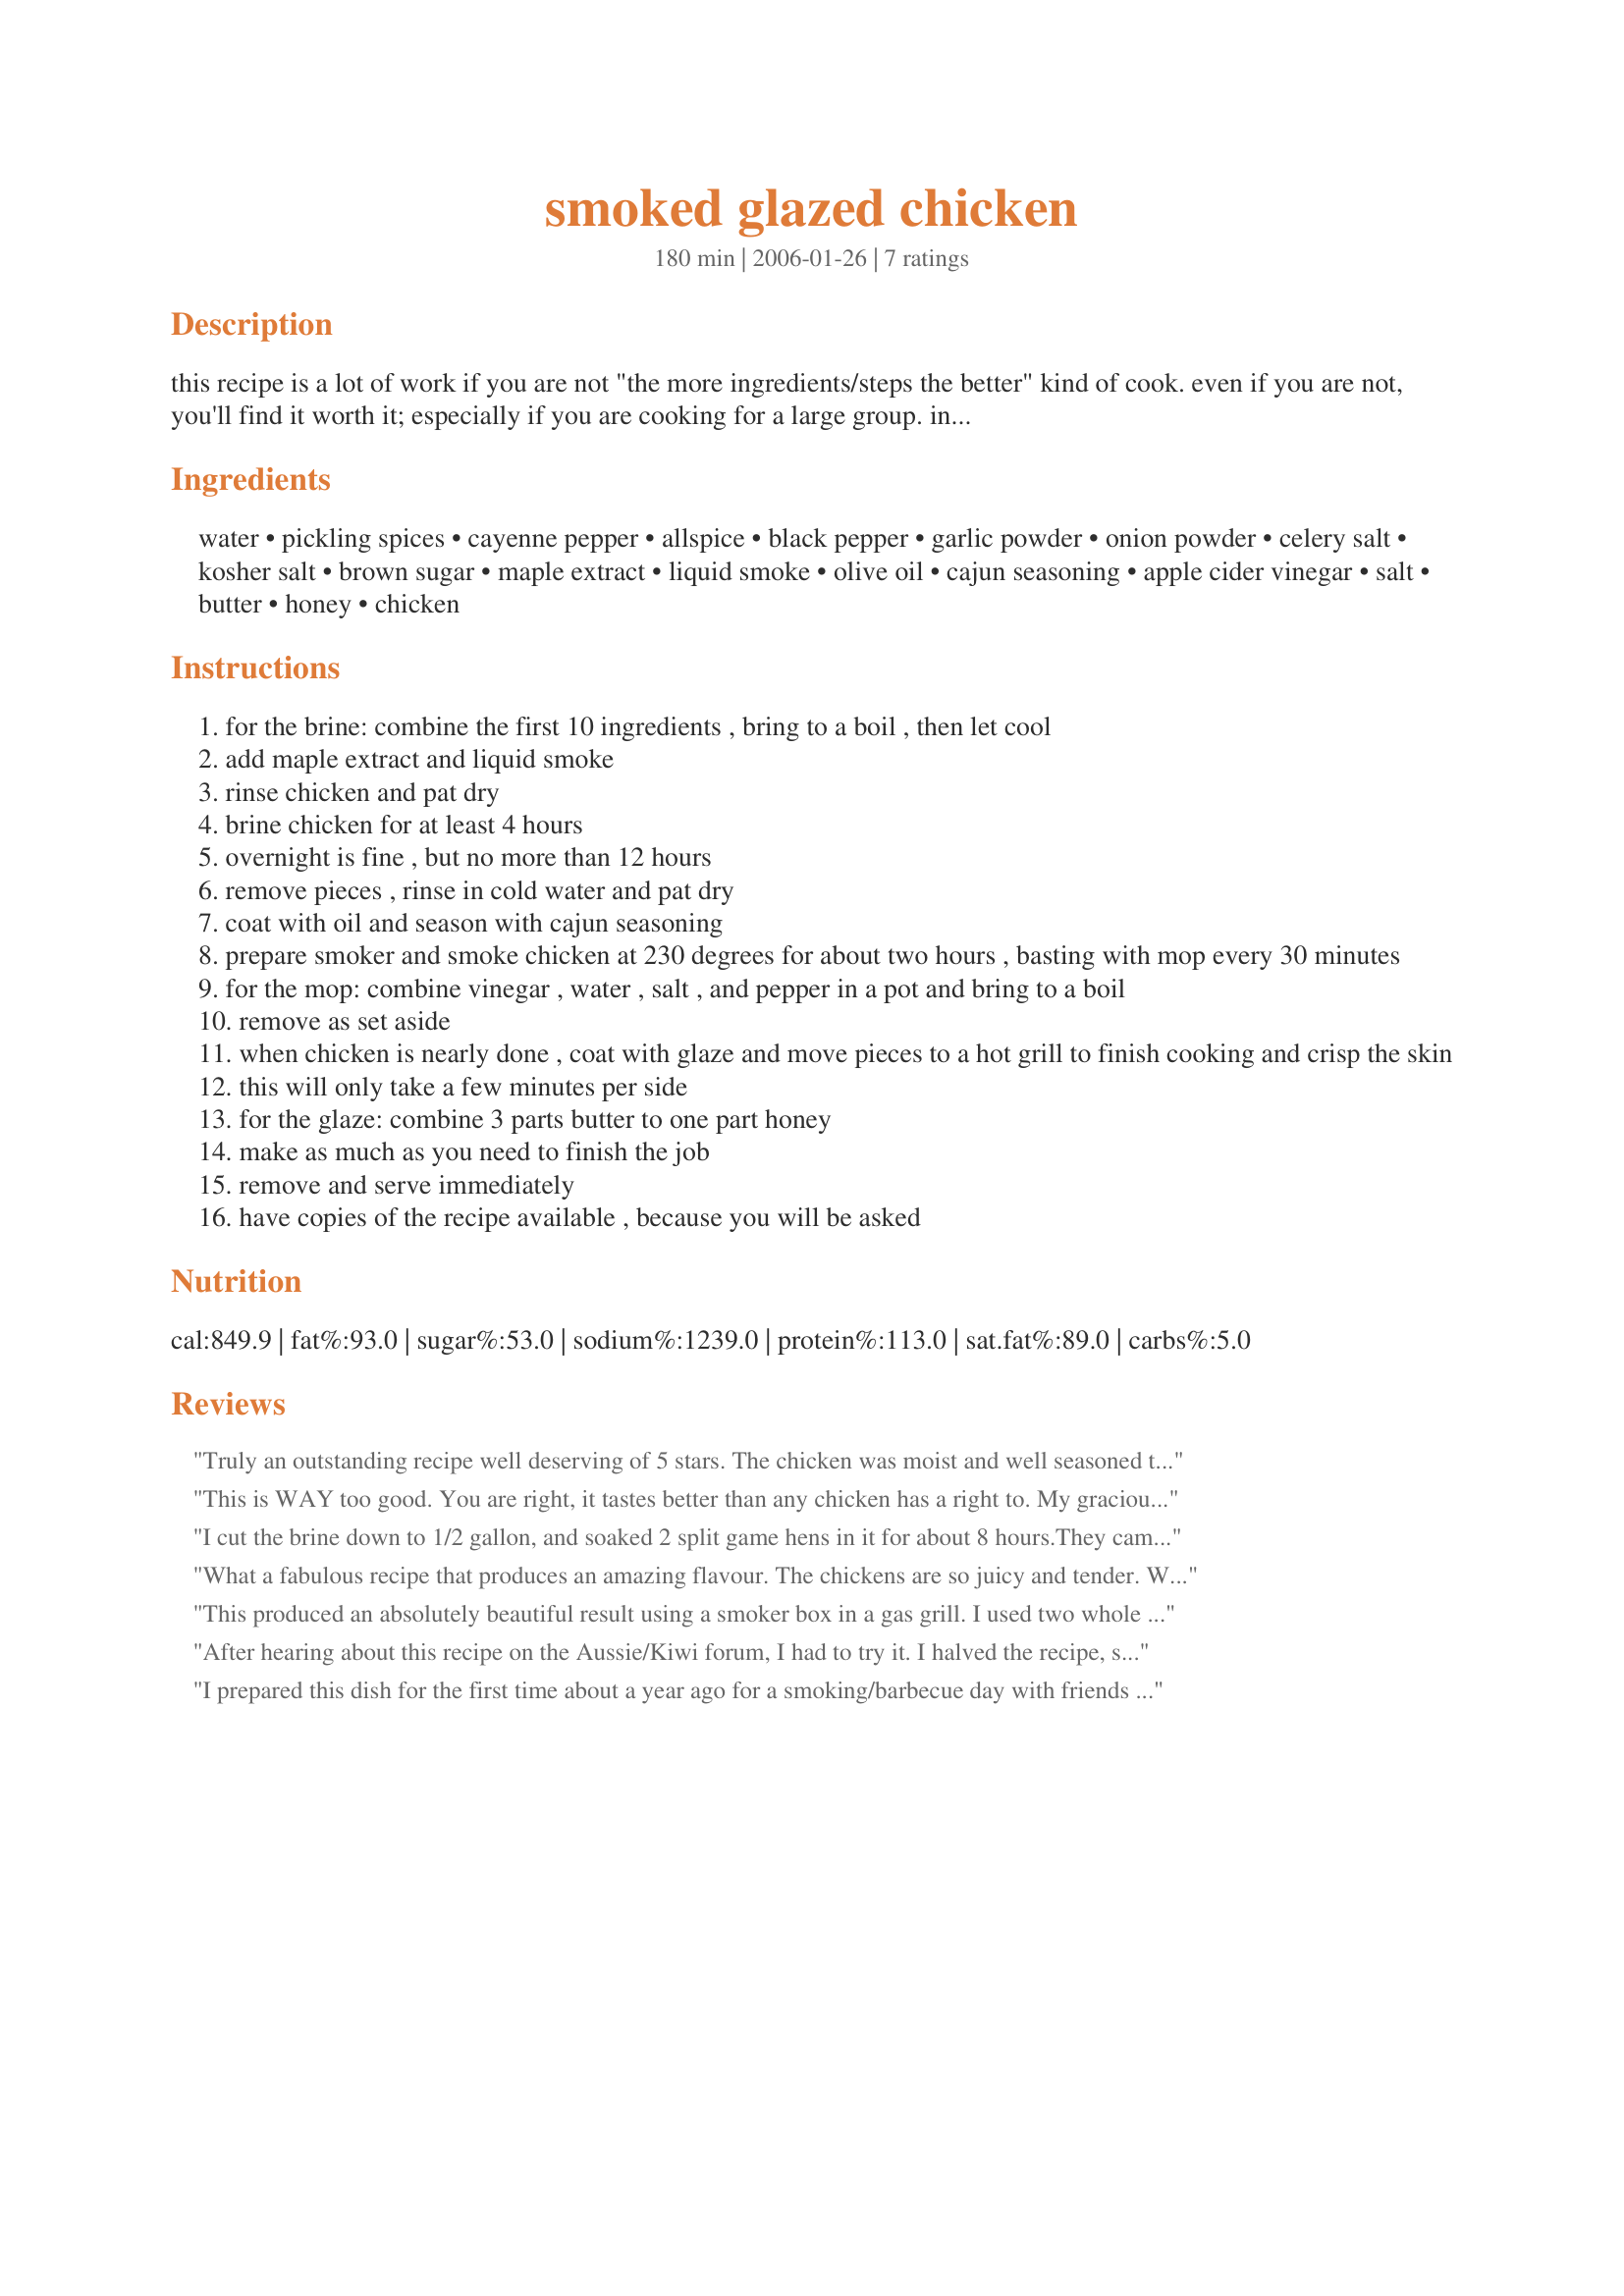
smoked glazed chicken
Preparation time: 180 minutes

this recipe is a lot of work if you are not "the more ingredients/steps the better" kind of cook. even if you are not, you'll find it worth it; especially if you are cooking for a large group. in the end, the chicken will taste better than any chicken has a right to--your guests will be speechless. i recommend doing a several whole chickens cut in half, or 1/4 chickens (big thigh/drumstick pieces), and/or whole breasts. the idea is big pieces are best, and all about the same size/thickness. prep time does not include time spent in the brine, prepping the smoker, the grill, etc. i got the brine recipe off the internet. it's called don's poultry brine and is the best i've ever come across. i use it for brining turkeys as well. you may well ask "why brine at all?" poultry will get very dry during the smoking process. brining the poultry will result in tasty, moist meat.

Ingredients:
water, pickling spices, cayenne pepper, allspice, black pepper, garlic powder, onion powder, celery salt, kosher salt, brown sugar, maple extract, liquid smoke, olive oil, cajun seasoning, apple cider vinegar, salt, butter, honey, chicken

Steps:
for the brine: combine the first 10 ingredients , bring to a boil , then let cool
add maple extract and liquid smoke
rinse chicken and pat dry
brine chicken for at least 4 hours
overnight is fine , but no more than 12 hours
remove pieces , rinse in cold water and pat dry
coat with oil and season with cajun seasoning
prepare smoker and smoke chicken at 230 degrees for about two hours , basting with mop every 30 minutes
for the mop: combine vinegar , water , salt , and pepper in a pot and bring to a boil
remove as set aside
when chicken is nearly done , coat with glaze and move pieces to a hot grill to finish cooking and crisp the skin
this will only take a few minutes per side
for the glaze: combine 3 parts butter to one part honey
make as much as you need to finish the job
remove and serve immediately
have copies of the recipe available , because you will be asked

Reviews:
Truly an outstanding recipe well deserving of 5 stars. The chicken was moist and well seasoned throughout. The brine and mop sauce was reduced by half and was plenty for a large chicken and 4 turkey drumsticks.
This is WAY too good. You are right, it tastes better than any chicken has a right to. My gracious, between the brine, the mop and the glaze.... Thank you so much. We will use this one again and again.
When I used whole chickens I put them one the rotisserie to finish. Worked great and no sticking to the grill.
I cut the brine down to 1/2 gallon, and soaked 2 split game hens in it for about 8 hours.They came off of the smoker tender, juicy, and delicious! Often, I've had game hens get very dry after 2 hours of smoking, but these were perfect. The mop also kept the skin for getting hard and tough. The flavor of the meat was wonderful, and I would be very happy to use this recipe and method again. Thanks for posting!
What a fabulous recipe that produces an amazing flavour. The chickens are so juicy and tender. We used this to cook two size 21 chickens on Christmas Day using the rotisserie on our BBQ and cooking as slowly as possible. I brined overnight. Thanks to Peter J for steering me towards this recipe.
This produced an absolutely beautiful result using a smoker box in a gas grill. I used two whole chickens, unfortunately I had a flare up when browing on the rotisserie (nothing to do with the recipe) so can't comment on the glaze, but the brine and mop kept the chicken super moist while allowing it to take up the smoke really well. ETA - I made again on Christmas day and the glaze was beautiful as well!
After hearing about this recipe on the Aussie/Kiwi forum, I had to try it. I halved the recipe, so I used 4.5 litres of water for the brine and I had the whole chicken sitting in the brine overnight. To cook the chicken I also used a rotisserie because I don't have a smoker. The chicken was so tender and very yummy. Thank you Pokey in San Antonio, TX
I prepared this dish for the first time about a year ago for a smoking/barbecue day with friends and it was very VERY successful. One friend in particular called it &quot;The best thing he&#039;d ever put in is mouth&quot; and everyone just agreed with him while carrying on munching away, and I have had requests to do it again several times now.&lt;br/&gt;I don&#039;t usually write any reviews for anything, but this is an outstanding recipe...I have just done it again for the 5th time and everyone just loves it.&lt;br/&gt;In my experience this quantity of brine will do double the amount of chicken without any problem. I prepare the brine in advance and freeze it as it is a lot of work (but well worth it). I usually buterfly the chicken but I have done it with just legs and it was just fine too.
